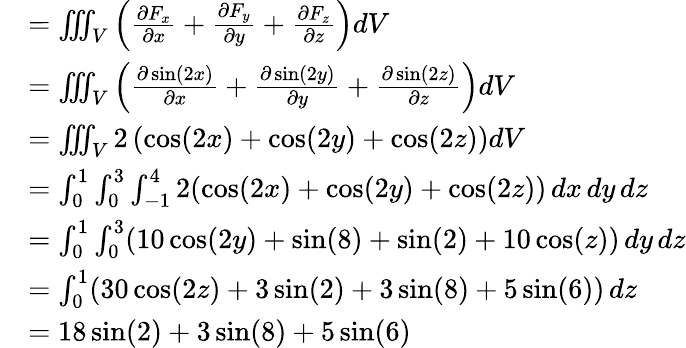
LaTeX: {\begin{array}{rl}&{=\iiint_{V}\left({\frac{\partial F_{x}}{\partial x}}+{\frac{\partial F_{y}}{\partial y}}+{\frac{\partial F_{z}}{\partial z}}\right)dV}\\ &{=\iiint_{V}\left({\frac{\partial\sin(2x)}{\partial x}}+{\frac{\partial\sin(2y)}{\partial y}}+{\frac{\partial\sin(2z)}{\partial z}}\right)dV}\\ &{=\iiint_{V}2\left(\cos(2x)+\cos(2y)+\cos(2z)\right)dV}\\ &{=\int_{0}^{1}\int_{0}^{3}\int_{-1}^{4}2(\cos(2x)+\cos(2y)+\cos(2z))\, dx\, dy\, dz}\\ &{=\int_{0}^{1}\int_{0}^{3}(10\cos(2y)+\sin(8)+\sin(2)+10\cos(z))\, dy\, dz}\\ &{=\int_{0}^{1}(30\cos(2z)+3\sin(2)+3\sin(8)+5\sin(6))\, dz}\\ &{=18\sin(2)+3\sin(8)+5\sin(6)}\end{array}}